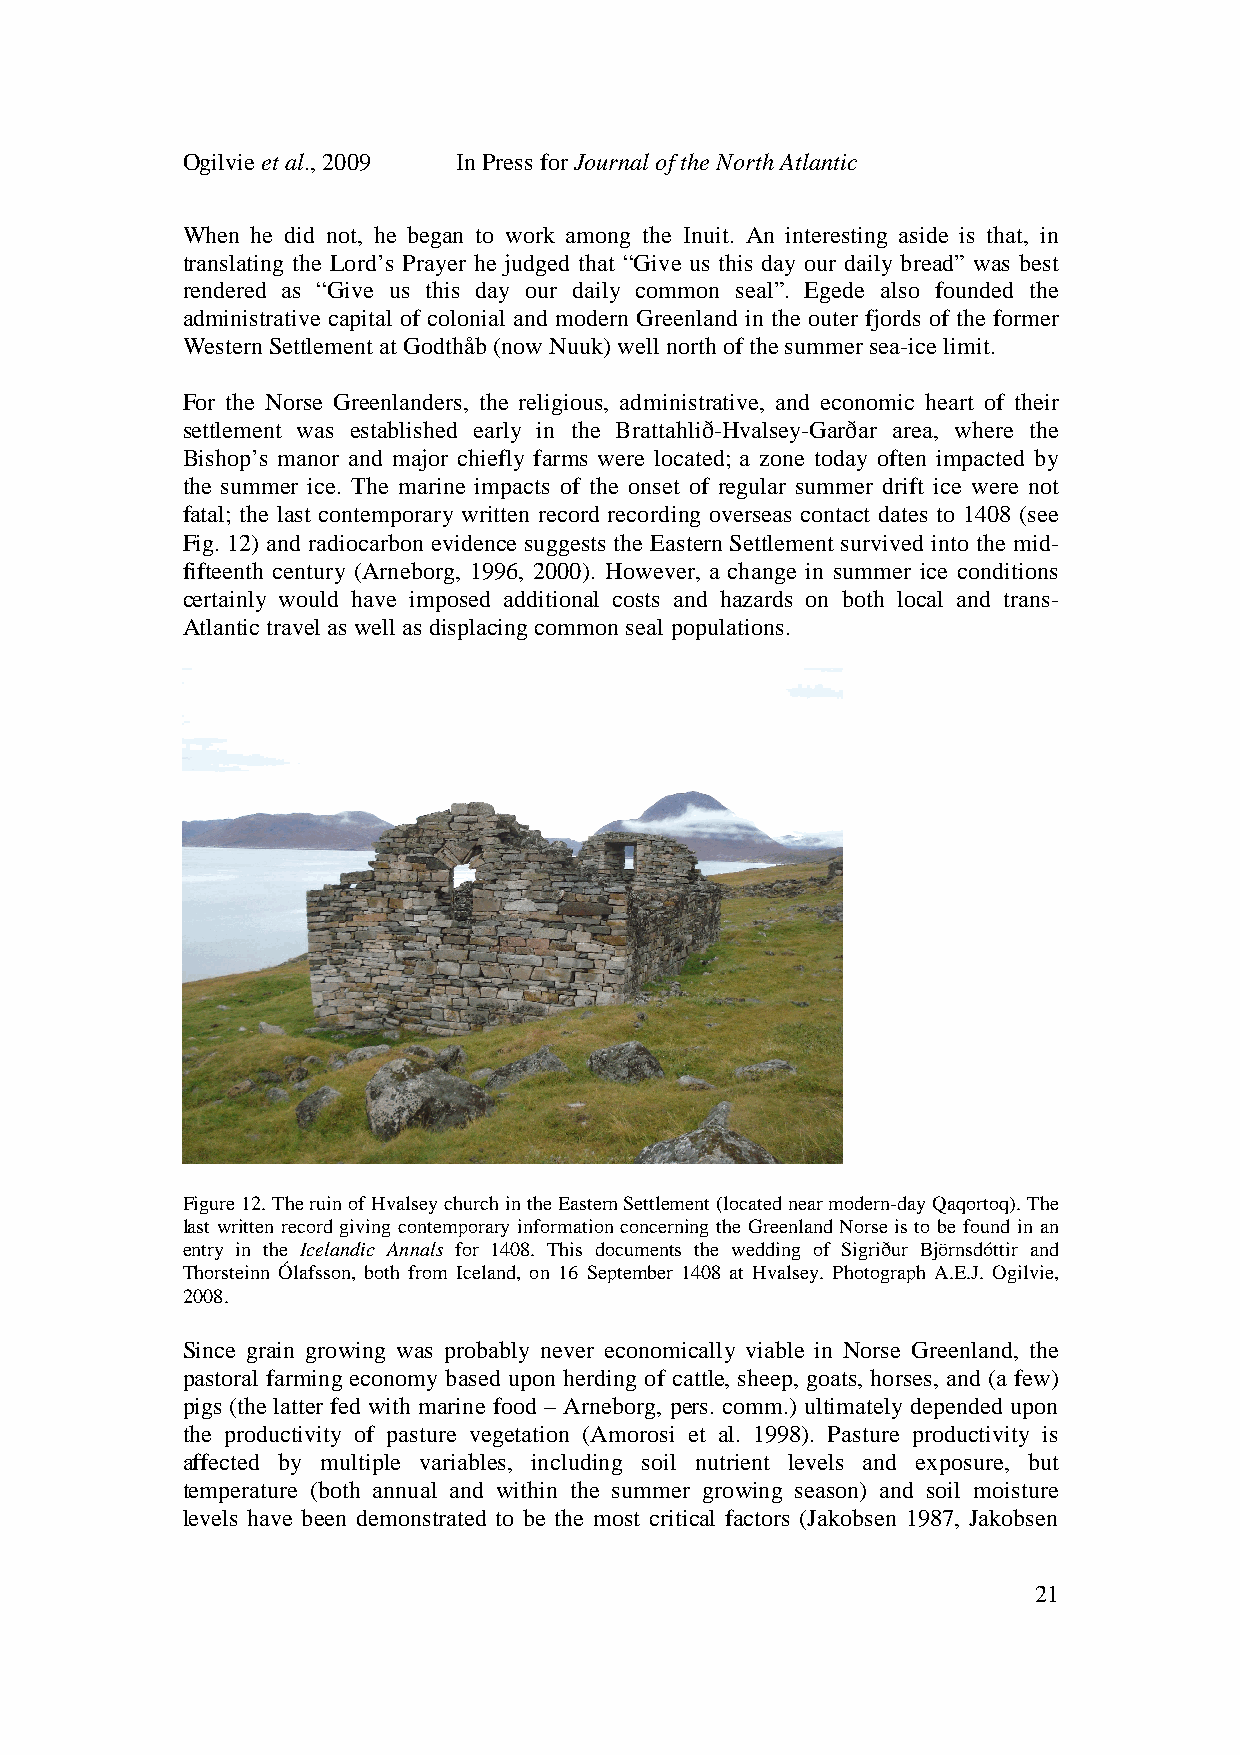
Ogilvie et al., 2009 In Press for Journal of the North Atlantic
 When he did not, he began to work among the Inuit. An interesting aside is that, in
 translating the Lord’s Prayer he judged that “Give us this day our daily bread” was best
 rendered as “Give us this day our daily common seal”. Egede also founded the
 administrative capital of colonial and modern Greenland in the outer fjords of the former
 Western Settlement at Godthåb (now Nuuk) well north of the summer sea-ice limit.
 For the Norse Greenlanders, the religious, administrative, and economic heart of their
 settlement was established early in the Brattahlið-Hvalsey-Garðar area, where the
 Bishop’s manor and major chiefly farms were located; a zone today often impacted by
 the summer ice. The marine impacts of the onset of regular summer drift ice were not
 fatal; the last contemporary written record recording overseas contact dates to 1408 (see
 Fig. 12) and radiocarbon evidence suggests the Eastern Settlement survived into the mid-
 fifteenth century (Arneborg, 1996, 2000). However, a change in summer ice conditions
 certainly would have imposed additional costs and hazards on both local and trans-
 Atlantic travel as well as displacing common seal populations.
 Figure 12. The ruin of Hvalsey church in the Eastern Settlement (located near modern-day Qaqortoq). The
 last written record giving contemporary information concerning the Greenland Norse is to be found in an
 entry in the Icelandic Annals for 1408. This documents the wedding of Sigriður Björnsdóttir and
 Thorsteinn Ólafsson, both from Iceland, on 16 September 1408 at Hvalsey. Photograph A.E.J. Ogilvie,
 2008.
 Since grain growing was probably never economically viable in Norse Greenland, the
 pastoral farming economy based upon herding of cattle, sheep, goats, horses, and (a few)
 pigs (the latter fed with marine food – Arneborg, pers. comm.) ultimately depended upon
 the productivity of pasture vegetation (Amorosi et al. 1998). Pasture productivity is
 affected by multiple variables, including soil nutrient levels and exposure, but
 temperature (both annual and within the summer growing season) and soil moisture
 levels have been demonstrated to be the most critical factors (Jakobsen 1987, Jakobsen
 21